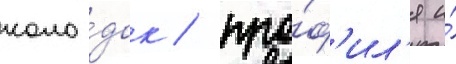
коло́док / про́ф'ил'я и́